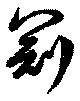
冠